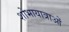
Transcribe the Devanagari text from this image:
शोभायात्राओं